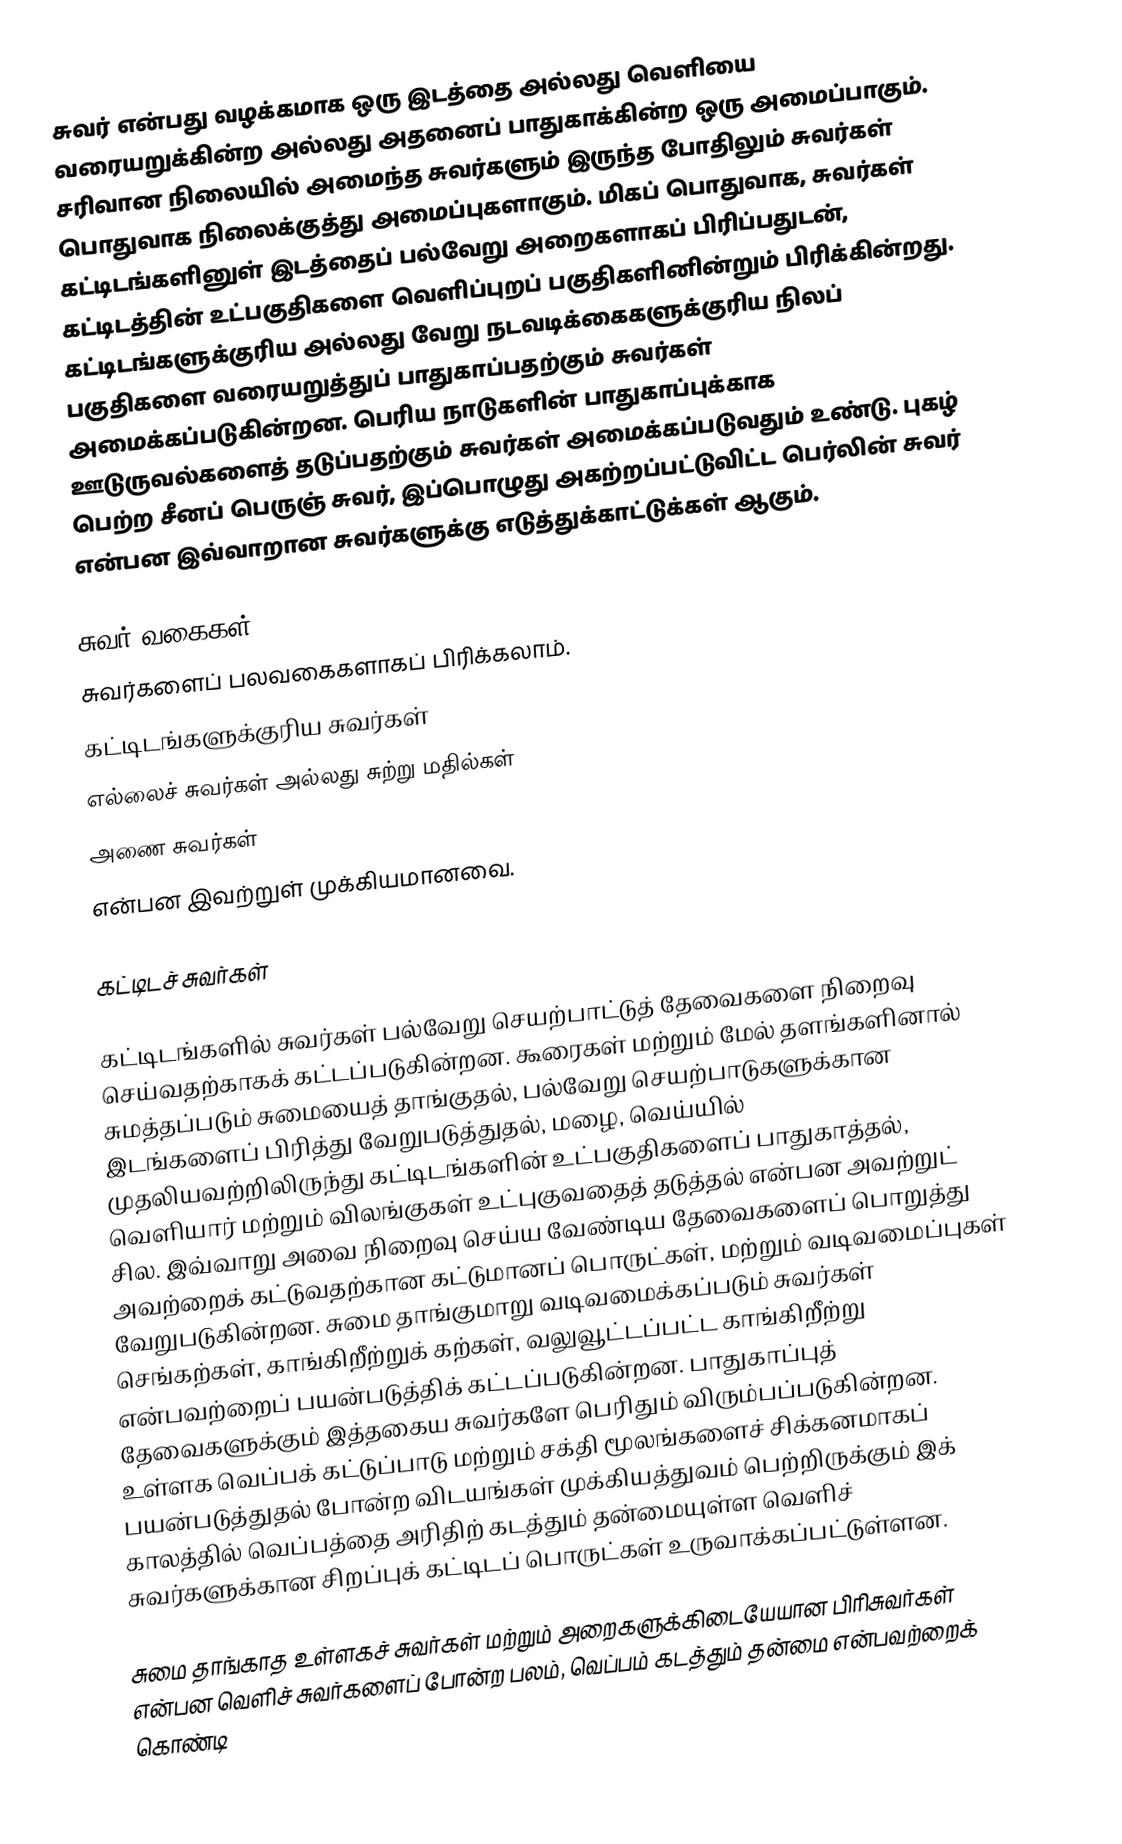
சுவர் என்பது வழக்கமாக ஒரு இடத்தை அல்லது வெளியை வரையறுக்கின்ற அல்லது அதனைப் பாதுகாக்கின்ற ஒரு அமைப்பாகும். சரிவான நிலையில் அமைந்த சுவர்களும் இருந்த போதிலும் சுவர்கள் பொதுவாக நிலைக்குத்து அமைப்புகளாகும். மிகப் பொதுவாக, சுவர்கள் கட்டிடங்களினுள் இடத்தைப் பல்வேறு அறைகளாகப் பிரிப்பதுடன், கட்டிடத்தின் உட்பகுதிகளை வெளிப்புறப் பகுதிகளினின்றும் பிரிக்கின்றது.  கட்டிடங்களுக்குரிய அல்லது வேறு நடவடிக்கைகளுக்குரிய நிலப் பகுதிகளை வரையறுத்துப் பாதுகாப்பதற்கும் சுவர்கள் அமைக்கப்படுகின்றன. பெரிய நாடுகளின் பாதுகாப்புக்காக ஊடுருவல்களைத் தடுப்பதற்கும் சுவர்கள் அமைக்கப்படுவதும் உண்டு. புகழ் பெற்ற சீனப் பெருஞ் சுவர், இப்பொழுது அகற்றப்பட்டுவிட்ட பெர்லின் சுவர் என்பன இவ்வாறான சுவர்களுக்கு எடுத்துக்காட்டுக்கள் ஆகும்.

சுவர் வகைகள்
சுவர்களைப் பலவகைகளாகப் பிரிக்கலாம்.
 கட்டிடங்களுக்குரிய சுவர்கள்
 எல்லைச் சுவர்கள் அல்லது சுற்று மதில்கள்
 அணை சுவர்கள்
என்பன இவற்றுள் முக்கியமானவை.

கட்டிடச் சுவர்கள்

கட்டிடங்களில் சுவர்கள் பல்வேறு செயற்பாட்டுத் தேவைகளை நிறைவு செய்வதற்காகக் கட்டப்படுகின்றன. கூரைகள் மற்றும் மேல் தளங்களினால் சுமத்தப்படும் சுமையைத் தாங்குதல், பல்வேறு செயற்பாடுகளுக்கான இடங்களைப் பிரித்து வேறுபடுத்துதல், மழை, வெய்யில் முதலியவற்றிலிருந்து கட்டிடங்களின் உட்பகுதிகளைப் பாதுகாத்தல், வெளியார் மற்றும் விலங்குகள் உட்புகுவதைத் தடுத்தல் என்பன அவற்றுட் சில. இவ்வாறு அவை நிறைவு செய்ய வேண்டிய தேவைகளைப் பொறுத்து அவற்றைக் கட்டுவதற்கான கட்டுமானப் பொருட்கள், மற்றும் வடிவமைப்புகள் வேறுபடுகின்றன. சுமை தாங்குமாறு வடிவமைக்கப்படும் சுவர்கள் செங்கற்கள், காங்கிறீற்றுக் கற்கள், வலுவூட்டப்பட்ட காங்கிறீற்று என்பவற்றைப் பயன்படுத்திக் கட்டப்படுகின்றன. பாதுகாப்புத் தேவைகளுக்கும் இத்தகைய சுவர்களே பெரிதும் விரும்பப்படுகின்றன. உள்ளக வெப்பக் கட்டுப்பாடு மற்றும் சக்தி மூலங்களைச் சிக்கனமாகப் பயன்படுத்துதல் போன்ற விடயங்கள் முக்கியத்துவம் பெற்றிருக்கும் இக் காலத்தில் வெப்பத்தை அரிதிற் கடத்தும் தன்மையுள்ள வெளிச் சுவர்களுக்கான சிறப்புக் கட்டிடப் பொருட்கள் உருவாக்கப்பட்டுள்ளன.

சுமை தாங்காத உள்ளகச் சுவர்கள் மற்றும் அறைகளுக்கிடையேயான பிரிசுவர்கள் என்பன வெளிச் சுவர்களைப் போன்ற  பலம், வெப்பம் கடத்தும் தன்மை என்பவற்றைக் கொண்டி